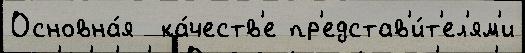
Основна́я  ка́честв'е пр'едстав'и́т'ел'ям'и